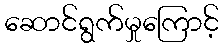
ဆောင်ရွက်မှုကြောင့်